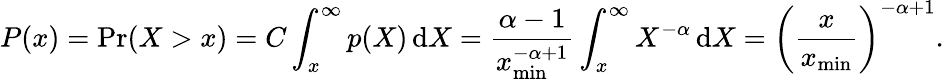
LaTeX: P(x)=\operatorname*{Pr}(X>x)=C\int_{x}^{\infty}p(X)\, \mathrm{d}X={\frac{\alpha-1}{x_{\operatorname*{min}}^{-\alpha+1}}}\int_{x}^{\infty}X^{-\alpha}\, \mathrm{d}X=\left({\frac{x}{x_{\operatorname*{min}}}}\right)^{-\alpha+1}.